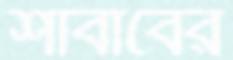
শাবাবের